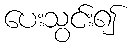
ပေးသွင်း၍